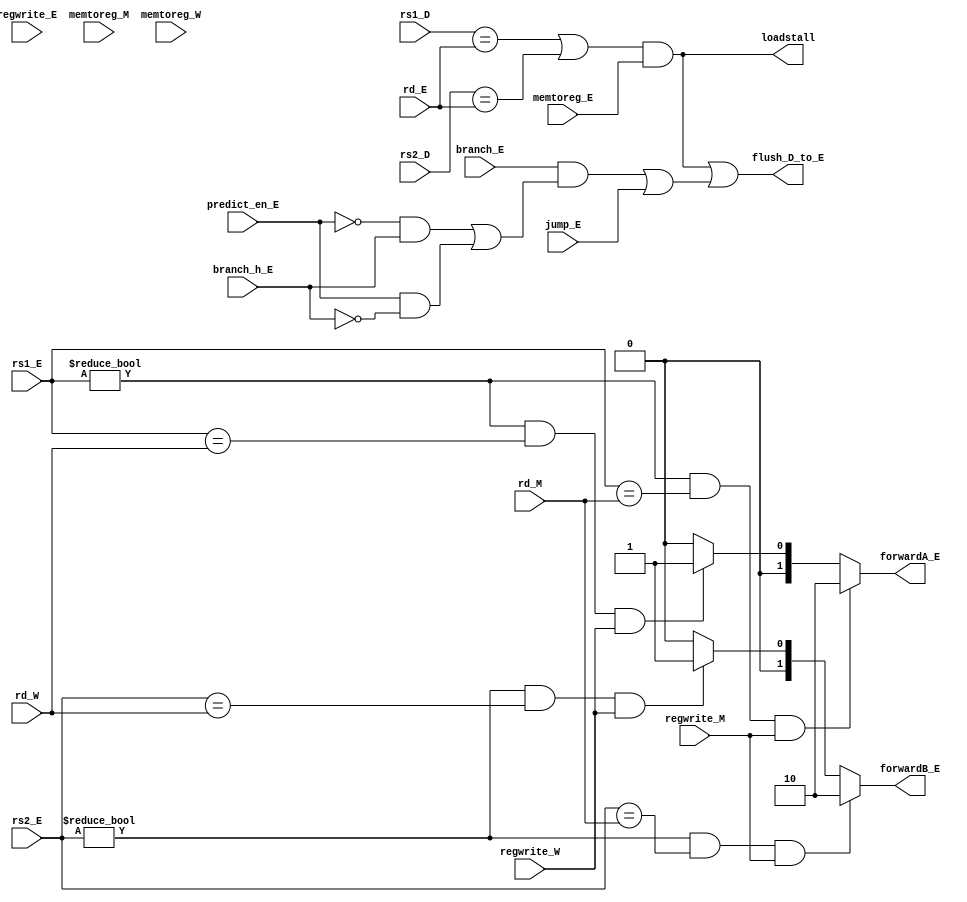
`timescale 1ns / 1ps

module hazard(
    input   [4:0] rs1_E,
    input   [4:0] rs2_E,
    input   [4:0] rs1_D,
    input   [4:0] rs2_D,
    input   [4:0] rd_M,
    input   [4:0] rd_W,
    input   [4:0] rd_E,
    input   regwrite_W,
    input   regwrite_M,
    input   regwrite_E,
    input   memtoreg_E,
    input   memtoreg_M,
    input   memtoreg_W,

    input   jump_E,
    input   branch_E,           
    input   predict_en_E,
    input   branch_h_E,
    
    // ALU 
    output  [1:0] forwardA_E,      
    output  [1:0] forwardB_E,

    // stall & flush
    output  loadstall,
    output  flush_D_to_E
    );
    
    // ALUE alu_srcA_E  rd2_sel_E alu_srcB_E  rd2_sel_E  imm imm 
    // loadALUMUX
    assign  forwardA_E = ((rs1_E != 5'b0) & (rs1_E == rd_M) & regwrite_M) ? 2'b10:
                        ((rs1_E != 5'b0) & (rs1_E == rd_W) & regwrite_W) ? 2'b01:
                        2'b00;
    assign  forwardB_E = ((rs2_E != 5'b0) & (rs2_E == rd_M) & regwrite_M) ? 2'b10:
                        ((rs2_E != 5'b0) & (rs2_E == rd_W) & regwrite_W) ? 2'b01:
                        2'b00;
    // // DloadMUXregfileclkW
    // assign  forwardA_D = (rs1_D != 5'b0) & ((rs1_D == rd_E) & regwrite_E) ? 2'b10:
    //                     (rs1_D != 5'b0) & ((rs1_D == rd_M) & regwrite_M) ? 2'b01:
    //                     2'b00;
    // assign  forwardB_D =(rs2_D != 5'b0) & ((rs2_D == rd_E) & regwrite_E) ? 2'b10:
    //                     (rs2_D != 5'b0) & ((rs2_D == rd_M) & regwrite_M) ? 2'b01:
    //                     2'b00;

    // E load  reg (rd_E)  reg (rs1_D/rs2_D)  wd3_W (mem_rdata_W) 
    //  stall  pc / F->D
    //  F/D  E  flush  D->E
    wire    flush_load;
    assign  loadstall = (((rs1_D == rd_E) | (rs2_D == rd_E)) & memtoreg_E);  
    assign  flush_load = (((rs1_D == rd_E) | (rs2_D == rd_E)) & memtoreg_E);

    // E branch  jal/jalr 
    //  pcsrc_E  pc_inst_ram_F D 
    //  flush  D->E
    wire    predict_error_E;
    wire    flush_b_j;
    assign  predict_error_E = ((predict_en_E == 1'b0) & (branch_h_E == 1'b1)) | ((predict_en_E == 1'b1) & (branch_h_E == 1'b0));
    assign  flush_b_j = (branch_E & predict_error_E) | jump_E;

    assign  flush_D_to_E = flush_load | flush_b_j;

endmodule